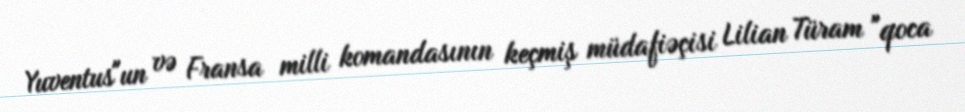
Yuventus"un və Fransa milli komandasının keçmiş müdafiəçisi Lilian Türam "qoca